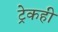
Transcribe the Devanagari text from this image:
ट्रेकही